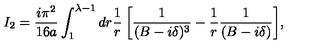
I _ { 2 } = { \frac { i \pi ^ { 2 } } { 1 6 a } } \int _ { 1 } ^ { \lambda - 1 } { d r { \frac { 1 } { r } } \left[ { \frac { 1 } { ( B - i \delta ) ^ { 3 } } } - { \frac { 1 } { r } } { \frac { 1 } { ( B - i \delta ) } } \right] } ,